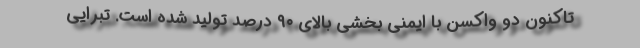
تاکنون دو واکسن با ایمنی بخشی بالای ۹۰ درصد تولید شده است. تبرایی